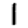
Digit: 1